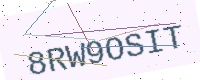
Text: 8RW9OSIT